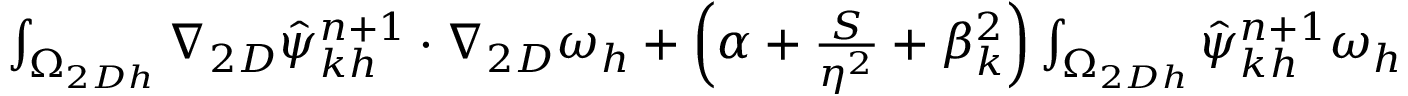
\begin{array} { r l } { \small } & { { } \int _ { \Omega _ { 2 D h } } \nabla _ { 2 D } \hat { \psi } _ { k h } ^ { n + 1 } \cdot \nabla _ { 2 D } \omega _ { h } + \left( \alpha + \frac { S } { \eta ^ { 2 } } + \beta _ { k } ^ { 2 } \right) \int _ { \Omega _ { 2 D h } } \hat { \psi } _ { k h } ^ { n + 1 } \omega _ { h } } \end{array}